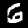
Digit: 6